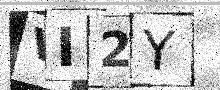
Text: VI2Y